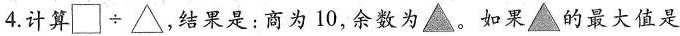
4. 计算$$\box \div △$$。结果是：商为10，余数为▲。如果▲的最大值是